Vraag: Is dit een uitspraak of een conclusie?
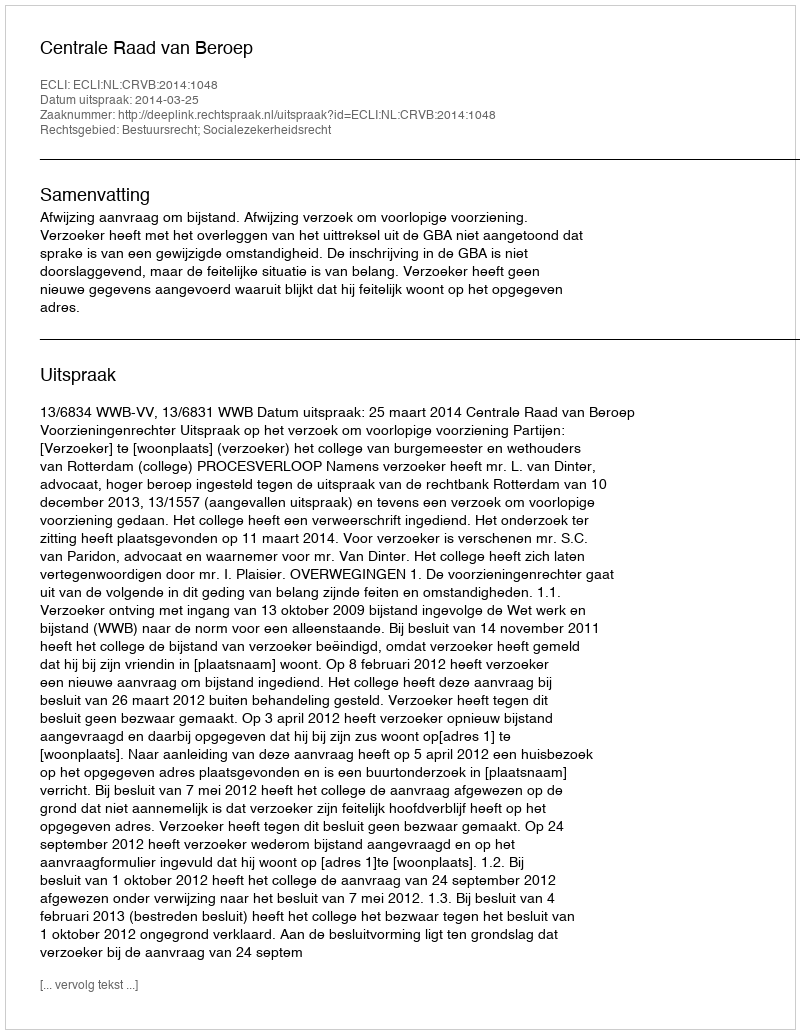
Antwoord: Uitspraak